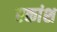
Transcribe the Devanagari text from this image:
एकांश